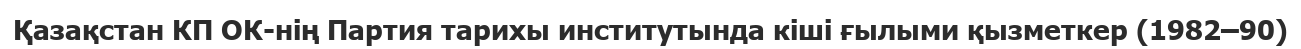
Қазақстан КП ОК-нің Партия тарихы институтында кіші ғылыми қызметкер (1982–90)